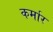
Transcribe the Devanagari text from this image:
कर्मार